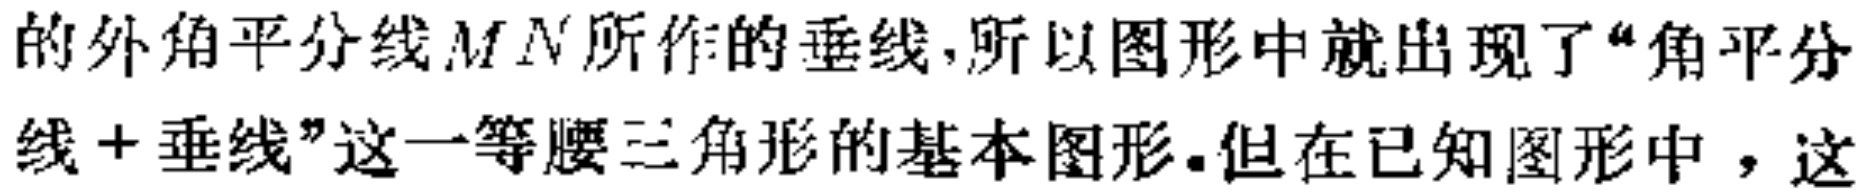
的外角平分线$MN$所作的垂线,所以图形中就出现了“角平分线+垂线”这一等腰三角形的基本图形.但在已知图形中，这